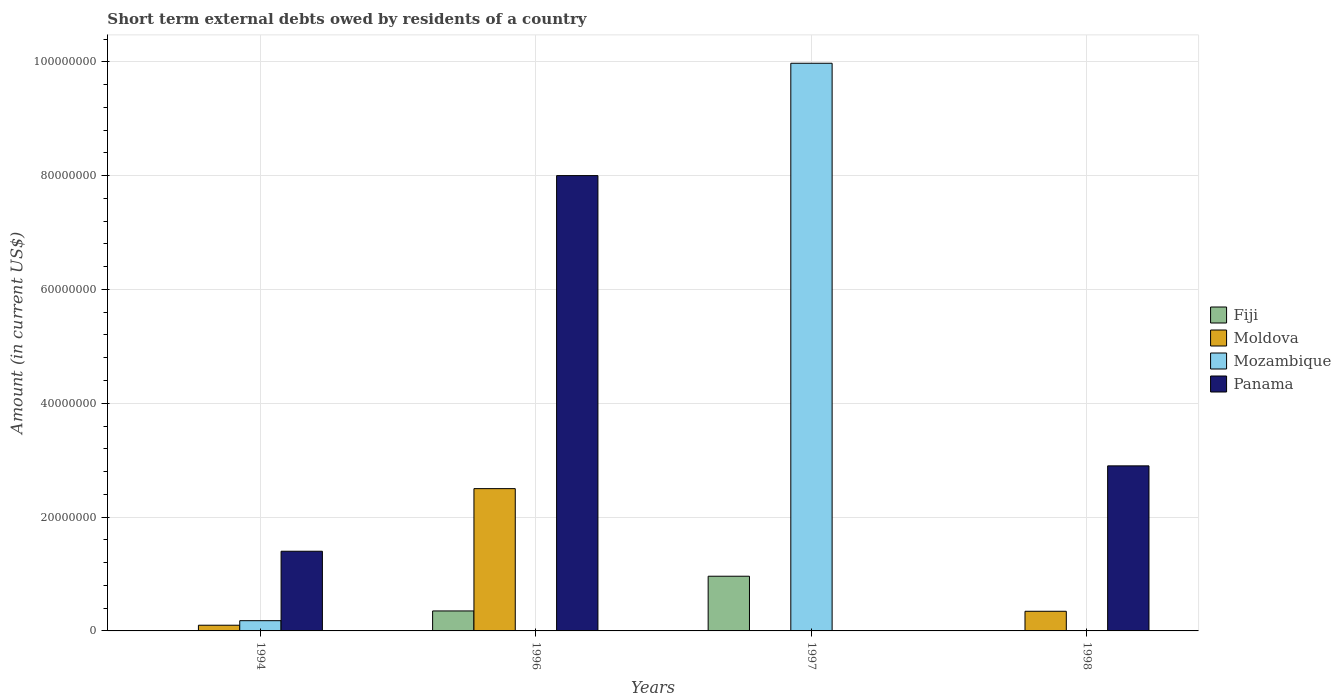
| Years | Fiji | Moldova | Mozambique | Panama |
 | --- | --- | --- | --- | --- |
 | 1994 | -3.07e+07 | 1e+06 | 1.8e+06 | 1.4e+07 |
 | 1996 | 3.51e+06 | 2.5e+07 | -1.1e+07 | 8e+07 |
 | 1997 | 9.61e+06 | -2.24e+07 | 9.97e+07 | -2.67e+08 |
 | 1998 | -2.8e+07 | 3.45e+06 | -2.06e+06 | 2.9e+07 |